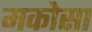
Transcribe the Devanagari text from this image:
मकोसा